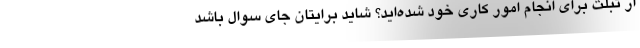
از تبلت برای انجام امور کاری خود شده‌اید؟ شاید برایتان جای سوال باشد